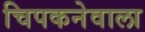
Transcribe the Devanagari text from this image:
चिपकनेवाला